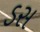
ડસ